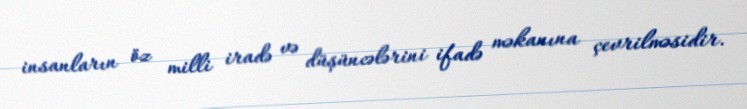
insanların öz milli iradə və düşüncələrini ifadə məkanına çevrilməsidir.